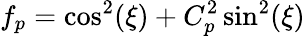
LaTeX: f_{p}=\cos^{2}(\xi)+C_{p}^{2}\sin^{2}(\xi)